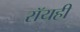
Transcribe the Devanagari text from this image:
रॉयही